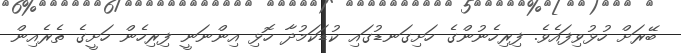
ބޭރަށް ހުޅުވިފައެވެ. ފިރިހެނުންގެ ހަށިގަނޑުގައި ކުޑަކަމުދާ ހޮޅި އިންނަނީ ފިރިހެން ހަށީގެ ތެރެއިން